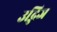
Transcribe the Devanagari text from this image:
उद्भिज